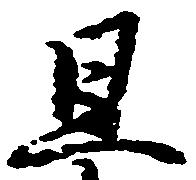
且